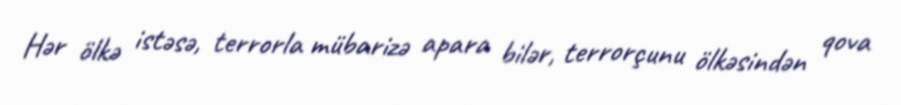
Hər ölkə istəsə, terrorla mübarizə apara bilər, terrorçunu ölkəsindən qova